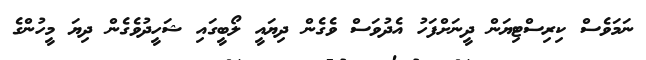
ނަމަވެސް ކިރިސްޓިޔަން ދީނަށްފަހު އެދުވަސް ވެގެން ދިޔައީ ލޯބީގައި ޝަހީދުވެގެން ދިޔަ މީހުންގެ